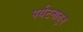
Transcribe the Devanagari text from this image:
पर्यटनातून